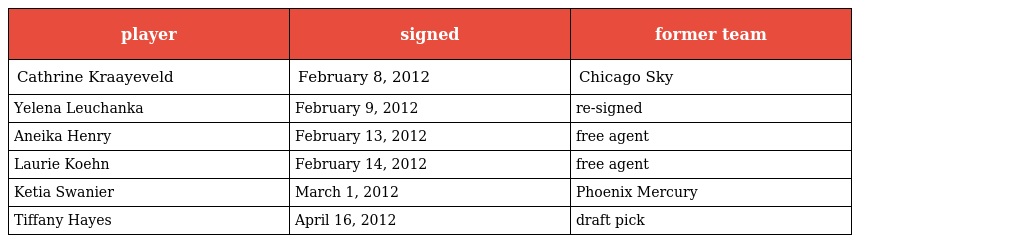
| player | signed | former team |
 | --- | --- | --- |
 | Cathrine Kraayeveld | February 8, 2012 | Chicago Sky |
 | Yelena Leuchanka | February 9, 2012 | re-signed |
 | Aneika Henry | February 13, 2012 | free agent |
 | Laurie Koehn | February 14, 2012 | free agent |
 | Ketia Swanier | March 1, 2012 | Phoenix Mercury |
 | Tiffany Hayes | April 16, 2012 | draft pick |